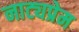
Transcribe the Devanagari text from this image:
नाट्यप्रेम